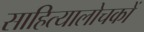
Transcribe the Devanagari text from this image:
साहित्यालोचकों